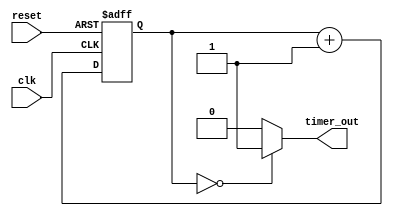
module timing_block (
    input wire clk,       // System clock
    input wire reset,     // Reset signal
    output wire timer_out // Timer signal output
);

reg [31:0] counter;      // 32-bit counter for timer signal
reg sync_clk;            // Synchronized clock signal

parameter COUNT_RATE = 1;   // Specify the rate of counter increment/decrement
parameter INIT_VALUE = 32;  // Initial value of counter for setting period

always @(posedge clk or posedge reset) begin
    if (reset) begin
        counter <= INIT_VALUE;
    end else begin
        counter <= counter + COUNT_RATE;
    end
end

always @(posedge clk) begin
    sync_clk <= ~sync_clk; // Generating synchronized clock signal
end

assign timer_out = (counter == 0) ? 1'b1 : 1'b0; // Output timer signal periodically

endmodule